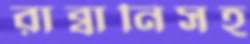
রাব্বানিসহ